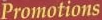
Promotions